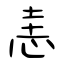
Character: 恚